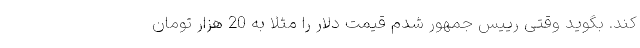
کند. بگوید وقتی رییس جمهور شدم قیمت دلار را مثلا به 20 هزار تومان